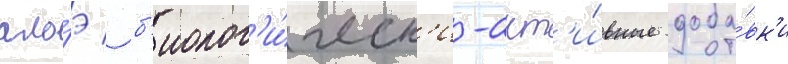
ало́э / б'иолог'и́ческ'и-акт'и́вные доба́вк'и